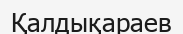
Қалдықараев